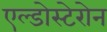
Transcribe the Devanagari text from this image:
एल्डोस्टेरोन